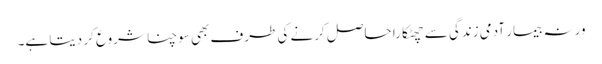
ورنہ بیمار آدمی زندگی سے چھٹکارا حاصل کرنے کی طرف بھی سوچنا شروع کر دیتا ہے۔